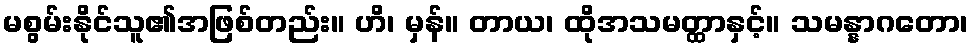
မစွမ်းနိုင်သူ၏အဖြစ်တည်း။ ဟိ၊ မှန်။ တာယ၊ ထိုအသမတ္ထာနှင့်။ သမန္နာဂတော၊